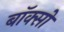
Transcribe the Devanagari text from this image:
बॉक्सो